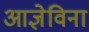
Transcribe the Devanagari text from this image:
आज्ञेविना